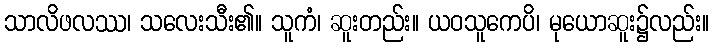
သာလိဖလဿ၊ သလေးသီး၏။ သူကံ၊ ဆူးတည်း။ ယဝသူကေပိ၊ မုယောဆူး၌လည်း။